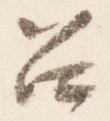
召